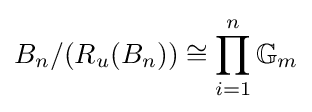
B_{n}/(R_{u}(B_{n}))\cong \prod _{i=1}^{n}\mathbb {G} _{m}